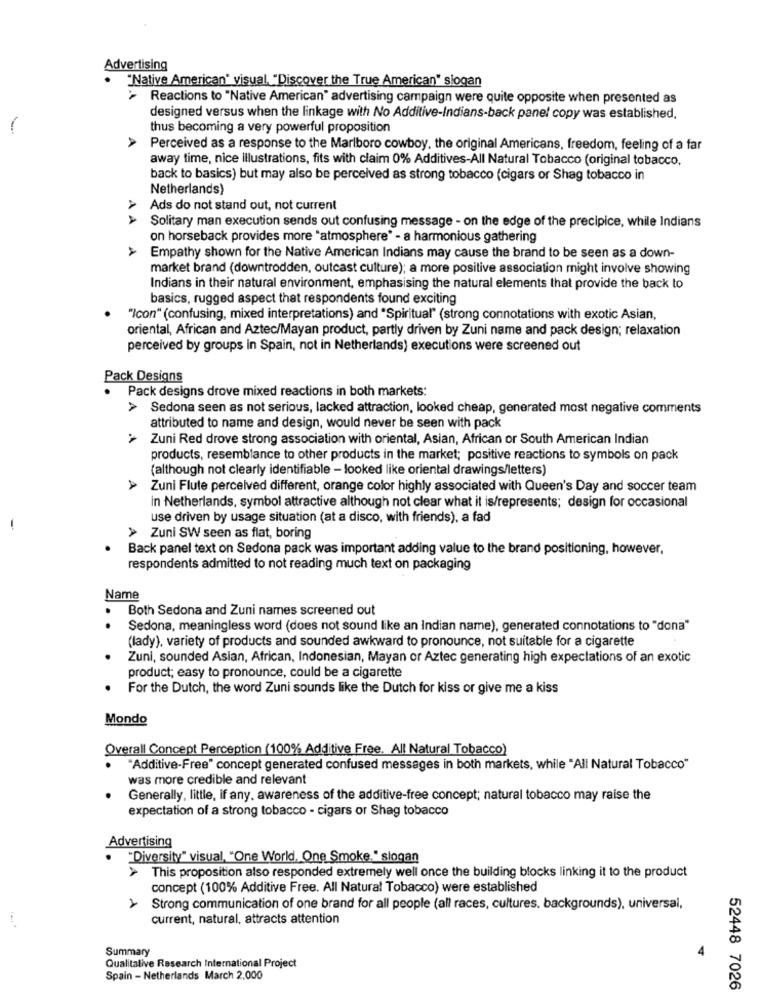
Advertising
"Native American" visual, "Discover the True American" slogan
'> Reactions to "Native American" advertising campaign were quite opposite when presented as
designed versus when the linkage with No Additive-Indians-back panel copy was established,
-
thus becoming a very powerful proposition
Perceived as a response to the Marlboro cowboy, the original Americans, freedom, feeling of a far
away time, nice illustrations, fits with claim 0% Additives-All Natural Tobacco (original tobacco,
back to basics) but may also be perceived as strong tobacco (cigars or Shag tobacco in
Netherlands)
Ads do not stand out, not current
Solitary man execution sends out confusing message - on the edge of the precipice, while Indians
on horseback provides more "atmosphere" - a harmonious gathering
AAA
Empathy shown for the Native American Indians may cause the brand to be seen as a down-
market brand (downtrodden, outcast culture); a more positive association might involve showing
Indians in their natural environment, emphasising the natural elements that provide the back to
basics, rugged aspect that respondents found exciting
"Icon" (confusing, mixed interpretations) and "Spiritual" (strong connotations with exotic Asian,
oriental, African and Aztec/Mayan product, partly driven by Zuni name and pack design; relaxation
perceived by groups in Spain, not in Netherlands) executions were screened out
Pack Designs
Pack designs drove mixed reactions in both markets:
> Sedona seen as not serious, lacked attraction, looked cheap, generated most negative comments
attributed to name and design, would never be seen with pack
Zuni Red drove strong association with oriental, Asian, African or South American Indian
products, resemblance to other products in the market; positive reactions to symbols on pack
(although not clearly identifiable - looked like oriental drawings/letters)
A
Zuni Flute perceived different, orange color highly associated with Queen's Day and soccer team
In Netherlands, symbol attractive although not clear what it is/represents; design for occasional
use driven by usage situation (at a disco, with friends), a fad
> Zuni SW seen as flat, boring
Back panel text on Sedona pack was important adding value to the brand positioning, however,
respondents admitted to not reading much text on packaging
Name
Both Sedona and Zuni names screened out
.
Sedona, meaningless word (does not sound like an Indian name), generated connotations to "dona"
(lady), variety of products and sounded awkward to pronounce, not suitable for a cigarette
Zuni, sounded Asian, African, Indonesian, Mayan or Aztec generating high expectations of an exotic
product; easy to pronounce, could be a cigarette
For the Dutch, the word Zuni sounds like the Dutch for kiss or give me a kiss
Mondo
Overall Concept Perception (100% Additive Free. All Natural Tobacco)
"Additive-Free" concept generated confused messages in both markets, while "All Natural Tobacco"
was more credible and relevant
Generally, little, if any, awareness of the additive-free concept; natural tobacco may raise the
expectation of a strong tobacco - cigars or Shag tobacco
Advertising
"Diversity" visual, "One World, One Smoke," slogan
This proposition also responded extremely well once the building blocks linking it to the product
concept (100% Additive Free. All Natural Tobacco) were established
A
Strong communication of one brand for all people (all races, cultures. backgrounds), universal,
current, natural, attracts attention
Summary
Qualitative Research International Project
Spain - Netherlands March 2,000
52448 7026